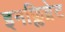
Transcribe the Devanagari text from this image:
इनफ्लिब्नेट